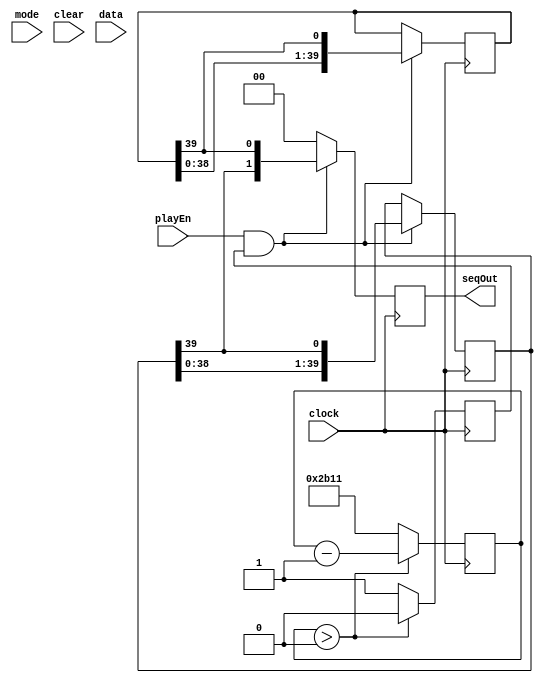
module ChannelHardCodePlay(input mode, input clear, input playEn, input clock, input[1:0] data, output[1:0] seqOut);
	
	reg [13:0] counter;
	initial counter = 14'b10101100010001;
	//initial counter = 14'b00000000000010;
	
	reg pulse;
	initial pulse = 0;
	
	reg[39:0] seq0, seq1;
	reg[1:0] seqOutHold;
	
	initial seq0 = 40'b1000000010000000100000001000000010000000;
	initial seq1 = 40'b0000100000001000000010000000100000001000;
	
	always @(posedge clock) begin
		
		if (counter > 0) begin
			counter <= counter - 1'b1;
			pulse <= 0;
		end
		else begin
			counter <= 14'b10101100010001;
			//counter = 14'b00000000000010;
			pulse <= 1;
		end
	
		if (playEn && pulse) begin
			
			seqOutHold <= {seq1[39], seq0[39]};
			
			seq0 <= {seq0[38:0], seq0[39]};
			seq1 <= {seq1[38:0], seq1[39]};
		
		end
		else begin
		
			seq0 <= seq0;
			seq1 <= seq1;
			seqOutHold <= 2'b0;
		
		end
	end
	
	assign seqOut = seqOutHold;
	
endmodule